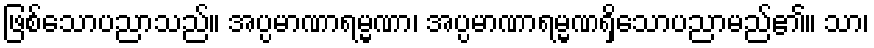
ဖြစ်သောပညာသည်။ အပ္ပမာဏာရမ္မဏာ၊ အပ္ပမာဏာရမ္မဏရှိသောပညာမည်၏။ သာ၊